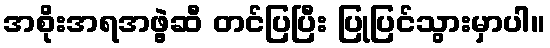
အစိုးအရအဖွဲ့ဆီ တင်ပြပြီး ပြုပြင်သွားမှာပါ။